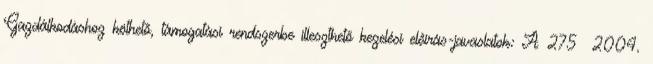
Gazdálkodáshoz köthető, támogatási rendszerbe illeszthető kezelési előírás-javaslatok: A 275 2004.